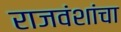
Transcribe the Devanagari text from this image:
राजवंशांचा